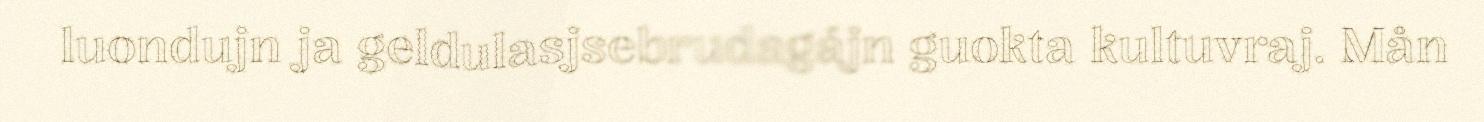
luondujn ja geldulasjsebrudagájn guokta kultuvraj. Mån